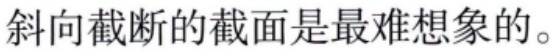
斜向截断的截面是最难想象的。